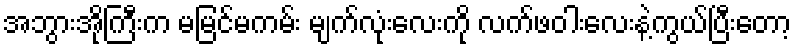
အဘွားအိုကြီးက မမြင်မကမ်း မျက်လုံးလေးကို လက်ဖဝါးလေးနဲ့ကွယ်ပြီးတော့